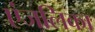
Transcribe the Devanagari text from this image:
एंजलिका